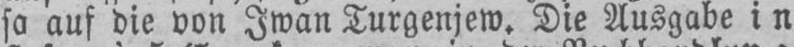
so auf die von Iwan Turgenjew. Die Ausgabe in